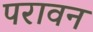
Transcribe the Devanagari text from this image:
परावन